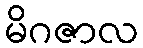
မိဂဇာလ